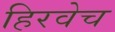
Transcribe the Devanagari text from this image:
हिरवेच